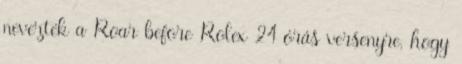
nevezték a Roar before Rolex 24 órás versenyre, hogy